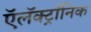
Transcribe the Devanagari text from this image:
ऍलॅक्ट्रॉनिक